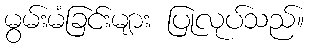
မွမ်းမံခြင်းများ ပြုလုပ်သည်။